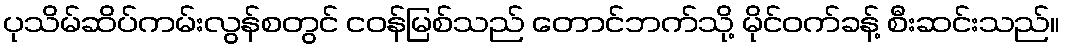
ပုသိမ်ဆိပ်ကမ်းလွန်စတွင် ငဝန်မြစ်သည် တောင်ဘက်သို့ မိုင်ဝက်ခန့် စီးဆင်းသည်။